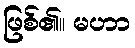
ဖြစ်၏။ မဟာ